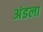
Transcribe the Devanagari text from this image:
अंडला